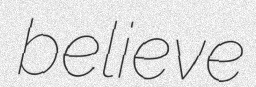
believe